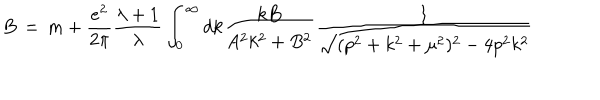
B \, = \, m + \frac { e ^ { 2 } } { 2 \pi } \frac { \lambda + 1 } { \lambda } \int _ { 0 } ^ { \infty } d k \frac { k B } { A ^ { 2 } k ^ { 2 } + B ^ { 2 } } \frac { 1 } { \sqrt { ( p ^ { 2 } + k ^ { 2 } + \mu ^ { 2 } ) ^ { 2 } - 4 p ^ { 2 } k ^ { 2 } } }